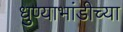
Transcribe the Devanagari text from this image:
धुण्याभांडीच्या